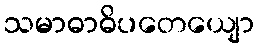
သမာဓာဓိပတေယျော